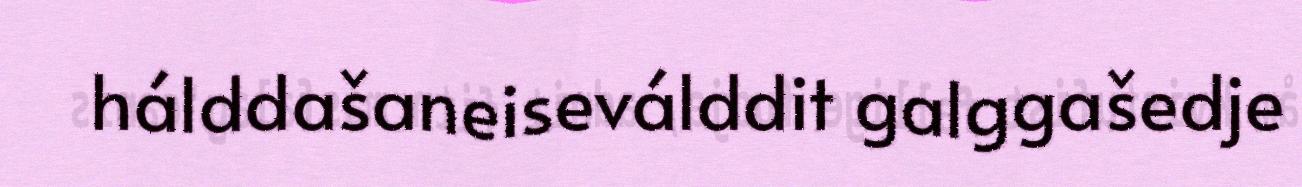
hálddašaneiseválddit galggašedje